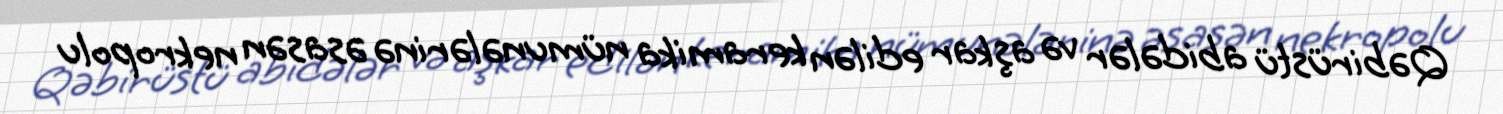
Qəbirüstü abidələr və aşkar edilən keramika nümunələrinə əsasən nekropolu